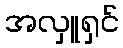
အလှူရှင်